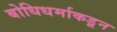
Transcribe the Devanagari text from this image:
बोधिधर्माकडून